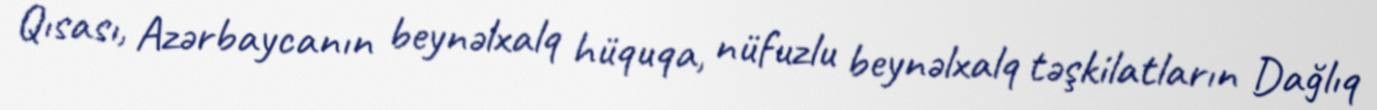
Qısası, Azərbaycanın beynəlxalq hüquqa, nüfuzlu beynəlxalq təşkilatların Dağlıq